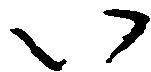
い